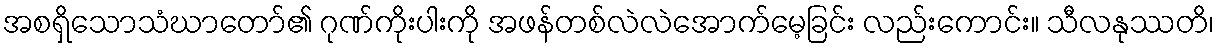
အစရှိသောသံဃာတော်၏ ဂုဏ်ကိုးပါးကို အဖန်တစ်လဲလဲအောက်မေ့ခြင်း လည်းကောင်း။ သီလနုဿတိ၊